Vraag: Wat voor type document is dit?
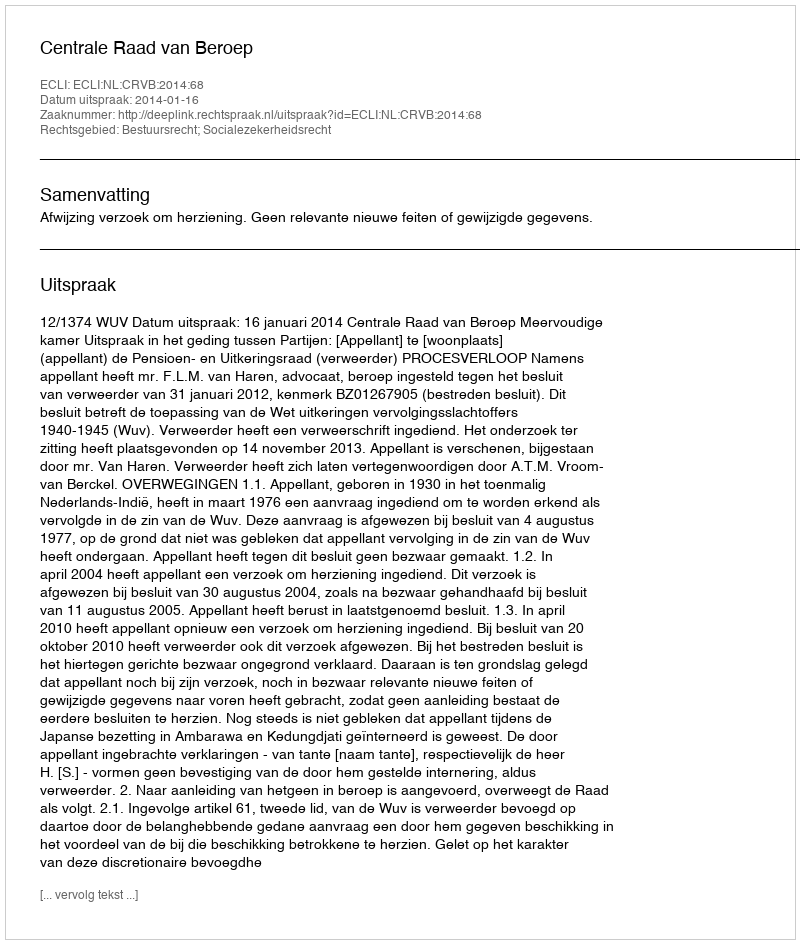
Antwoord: Uitspraak